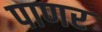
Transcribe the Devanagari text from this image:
पाणर